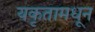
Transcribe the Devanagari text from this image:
यकृतामधून